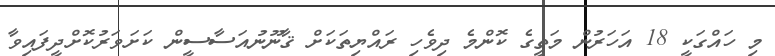
މި ހައްގަކީ 18 އަހަރުން މަތީގެ ކޮންމެ ދިވެހި ރައްޔިތަކަށް ޤާނޫނުއަސާސީން ކަށަވަރުކޮށްދީފައިވާ